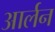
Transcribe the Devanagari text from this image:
आर्लन